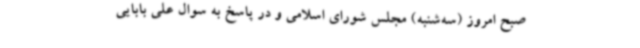
صبح امروز (سه‌شنبه) مجلس شورای اسلامی و در پاسخ به سوال علی بابایی